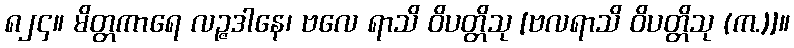
၈၂၄။ မိတ္တကာရေ လဉ္ဇဒါနေ၊ ဗလေ ရာသိ ဝိပတ္တိသု [ဗလရာသိ ဝိပတ္တိသု (က.)]။